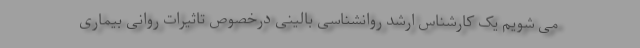
می شویم یک کارشناس ارشد روانشناسی بالینی درخصوص تاثیرات روانی بیماری